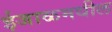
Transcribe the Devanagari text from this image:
ईजाळमधील